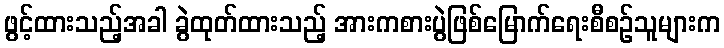
ဖွင့်ထားသည့်အခါ ခွဲထုတ်ထားသည့် အားကစားပွဲဖြစ်မြောက်ရေးစီစဉ်သူများက